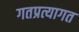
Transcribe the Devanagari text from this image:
गतप्रत्यागत